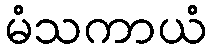
မံသကာယံ